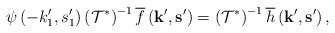
\begin{align*}\psi\left(-k'_{1},s'_{1}\right)\left(\mathcal{T}^{*}\right)^{-1}\overline{f}\left(\mathbf{k}',\mathbf{s}'\right)=\left(\mathcal{T}^{*}\right)^{-1}\overline{h}\left(\mathbf{k}',\mathbf{s}'\right),\end{align*}